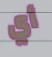
أي